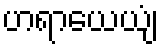
ဟရာယေယျံ